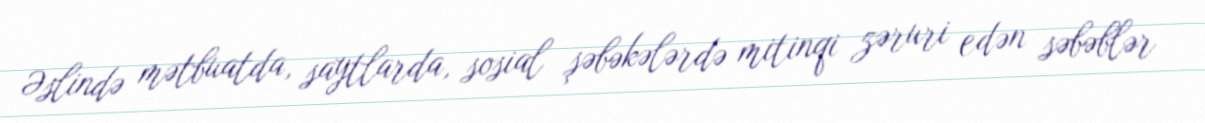
Əslində mətbuatda, saytlarda, sosial şəbəkələrdə mitinqi zəruri edən səbəblər